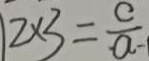
1 2 \times 3 = \frac { c } { a - 1 }